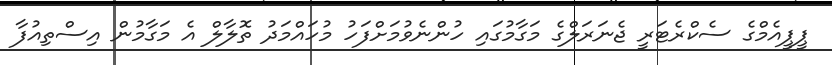
ޕީޕީއެމްގެ ސެކްރެޓަރީ ޖެނަރަލްގެ މަގާމުގައި ހުންނެވުމަށްފަހު މުހައްމަދު ތޮލާލް އެ މަގާމުން އިސްތިއުފާ